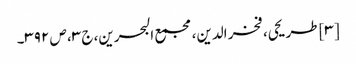
[۳] طریحی، فخر الدین، مجمع البحرین، ج ۳، ص ۳۹۲۔